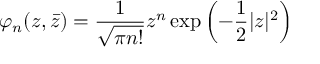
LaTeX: \varphi _ { n } ( z , \bar { z } ) = { \frac { 1 } { \sqrt { \pi n ! } } } z ^ { n } \exp \left( - { \frac { 1 } { 2 } } | z | ^ { 2 } \right)